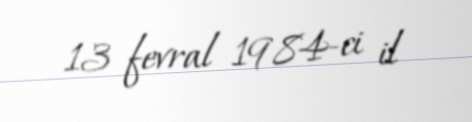
13 fevral 1984-ci il